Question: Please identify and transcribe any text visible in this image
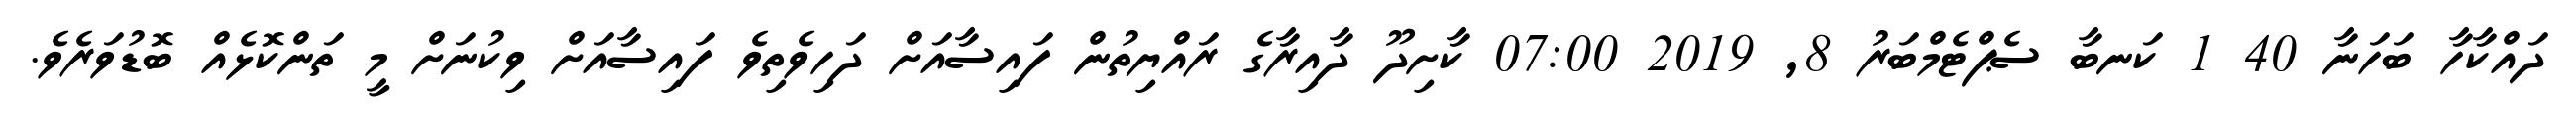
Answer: ދައްކާހާ ބަހަނާ 40 1 ކަނބާ ސެޕްޓެމްބަރު 8, 2019 07:00 ކާށިދޫ ދާއިރާގެ ރައްޔިތުން ފައިސާއަށް ދަހިވެތިވެ ފައިސާއަށް ވިކުނަށް މީ ތަންކޮޅެއް ބޮޑުވަރެވެ.